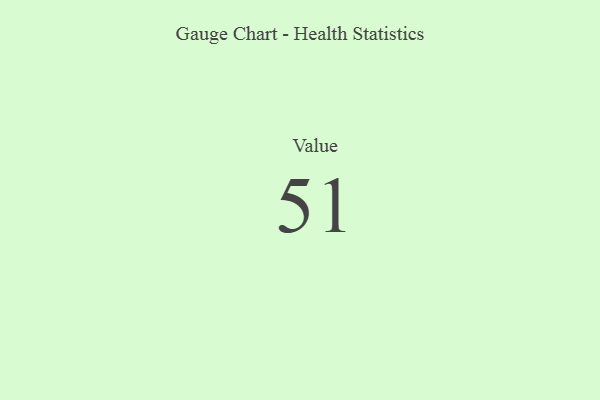
{"axis": {"x": "Metric", "y": "Value"}, "legend": [""], "data": [{"x": "Value", "y": 51, "type": ""}]}